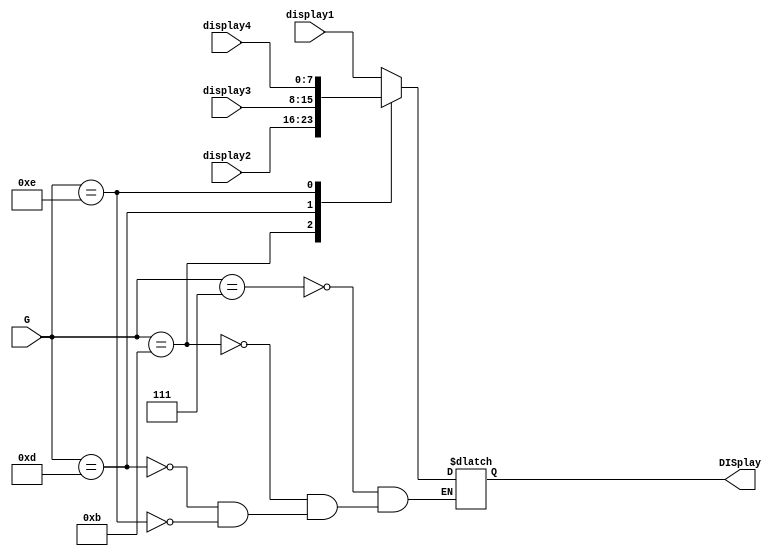
`timescale 1ns / 1ps
//////////////////////////////////////////////////////////////////////////////////
// Company: 
// Engineer: 
// 
// Design Name: 
// Module Name: fnshow
// Project Name: 
// Target Devices: 
// Tool Versions: 
// Description: 
// 
// Dependencies: 
// 
// Revision:
// Revision 0.01 - File Created
// Additional Comments:
// 
//////////////////////////////////////////////////////////////////////////////////


module fnshow
(
 input [3:0] G,
 input [7:0] display1,
 input [7:0] display2,
 input [7:0] display3,
 input [7:0] display4,
 output reg [7:0] DISplay
);



always@(G)
begin
 
 case(G)
 4'b0111:DISplay=display1;
 4'b1011:DISplay=display2;
 4'b1101:DISplay=display3;
 4'b1110:DISplay=display4;

 endcase
end
endmodule